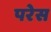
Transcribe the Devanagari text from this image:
परेस